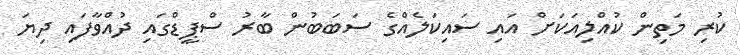
ކުރި މަތިން ކުއްލިއަކަށް އައި ސައިކަލެއްގެ ސަބަބުން ބާރު ސްޕީޑްގައި ދުއްވާފައި ދިޔަ